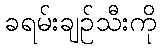
ခရမ်းချဉ်သီးကို